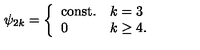
\psi _ { 2 k } = \left\{ \begin{array} { l l } { \mathrm { c o n s t . } } & { k = 3 } \\ { 0 } & { k \geq 4 . } \\ \end{array} \right.